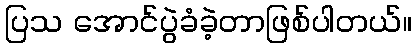
ပြသ အောင်ပွဲခံခဲ့တာဖြစ်ပါတယ်။